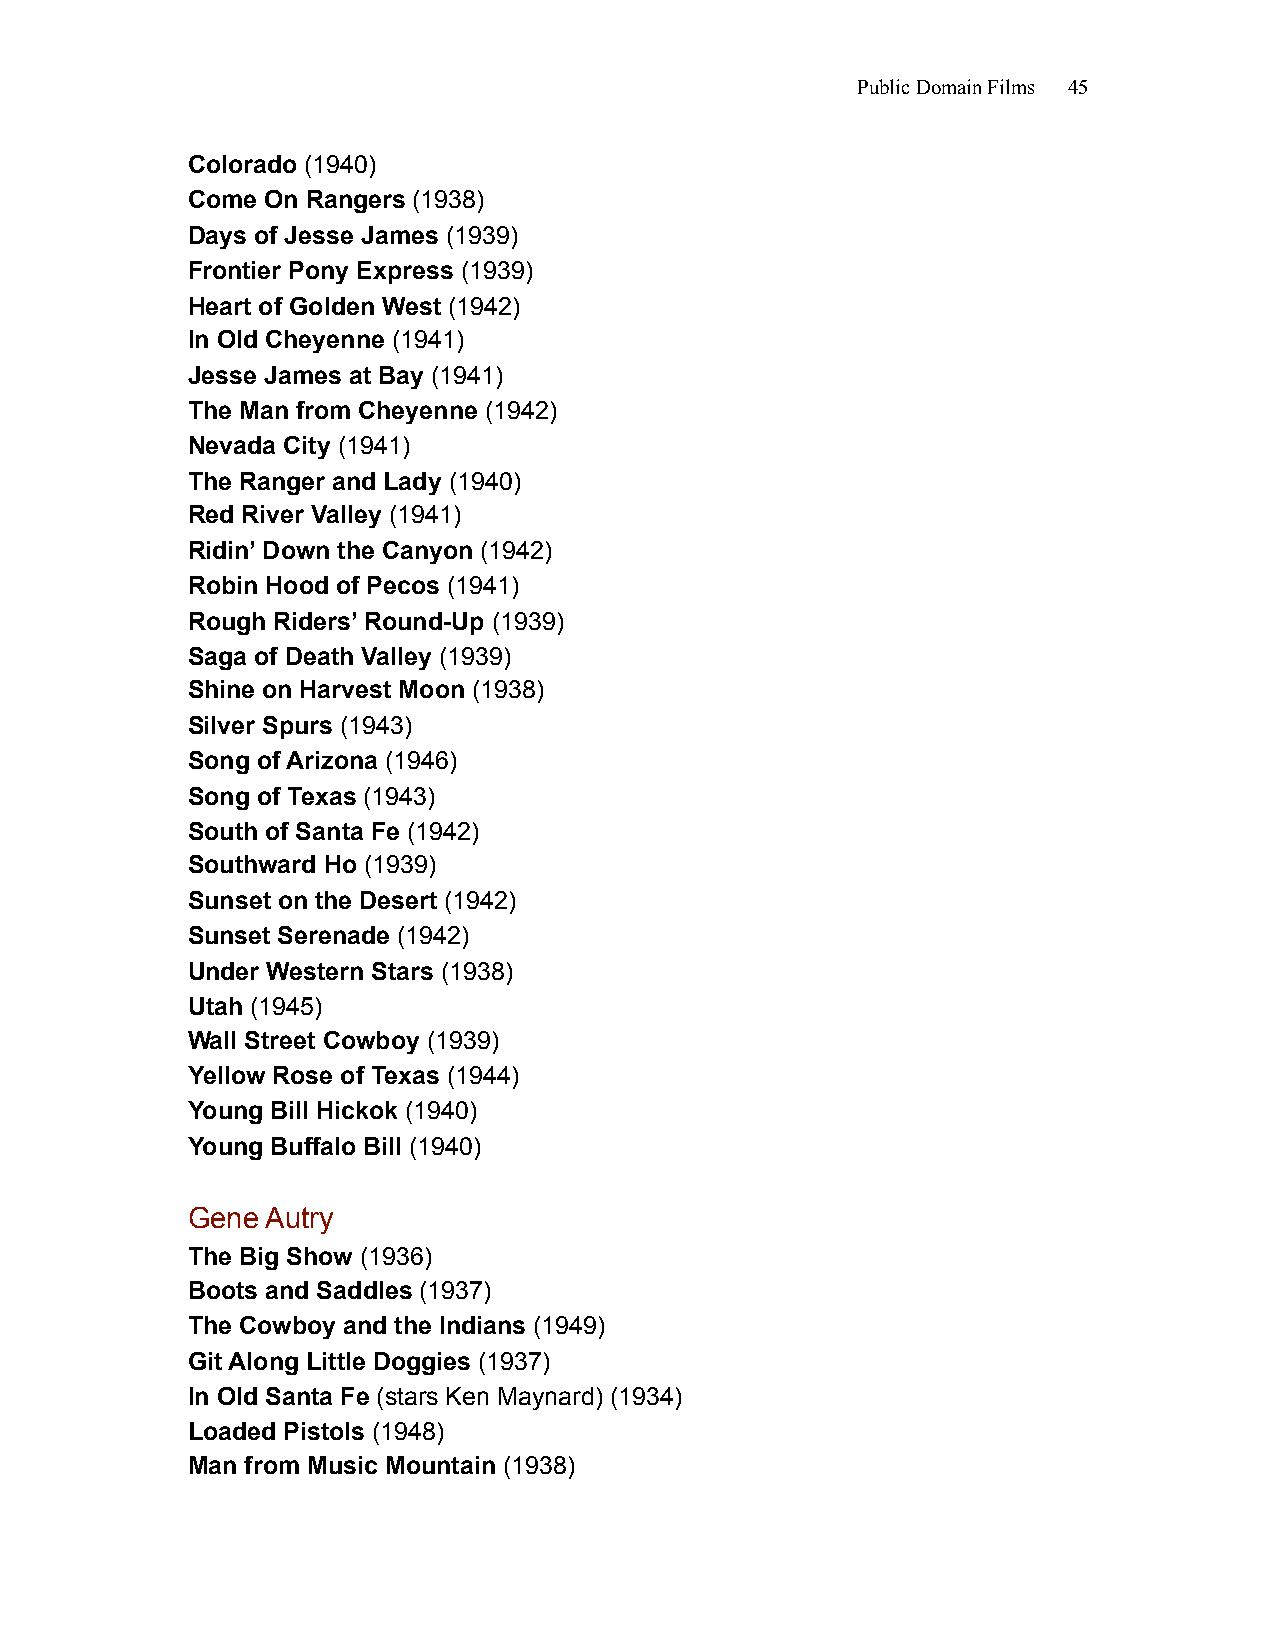
Public Domain Films 45
 Colorado (1940)
 Come On Rangers (1938)
 Days of Jesse James (1939)
 Frontier Pony Express (1939)
 Heart of Golden West (1942)
 In Old Cheyenne (1941)
 Jesse James at Bay (1941)
 The Man from Cheyenne (1942)
 Nevada City (1941)
 The Ranger and Lady (1940)
 Red River Valley (1941)
 Ridin’ Down the Canyon (1942)
 Robin Hood of Pecos (1941)
 Rough Riders’ Round-Up (1939)
 Saga of Death Valley (1939)
 Shine on Harvest Moon (1938)
 Silver Spurs (1943)
 Song of Arizona (1946)
 Song of Texas (1943)
 South of Santa Fe (1942)
 Southward Ho (1939)
 Sunset on the Desert (1942)
 Sunset Serenade (1942)
 Under Western Stars (1938)
 Utah (1945)
 Wall Street Cowboy (1939)
 Yellow Rose of Texas (1944)
 Young Bill Hickok (1940)
 Young Buffalo Bill (1940)
 Gene  Autry
 The Big Show (1936)
 Boots and Saddles (1937)
 The Cowboy and the Indians (1949)
 Git Along Little Doggies (1937)
 In Old Santa Fe (stars Ken Maynard) (1934)
 Loaded Pistols (1948)
 Man from Music Mountain (1938)